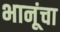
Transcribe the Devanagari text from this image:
भानूंचा